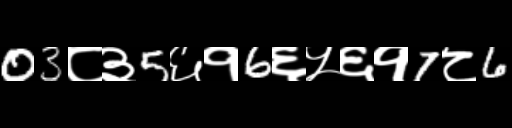
Text: 03८३5६१6६५६१7८6